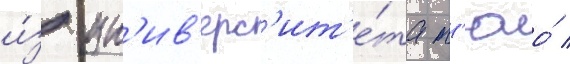
и́з ун'ив'ерс'ит'е́та т'юо́ /